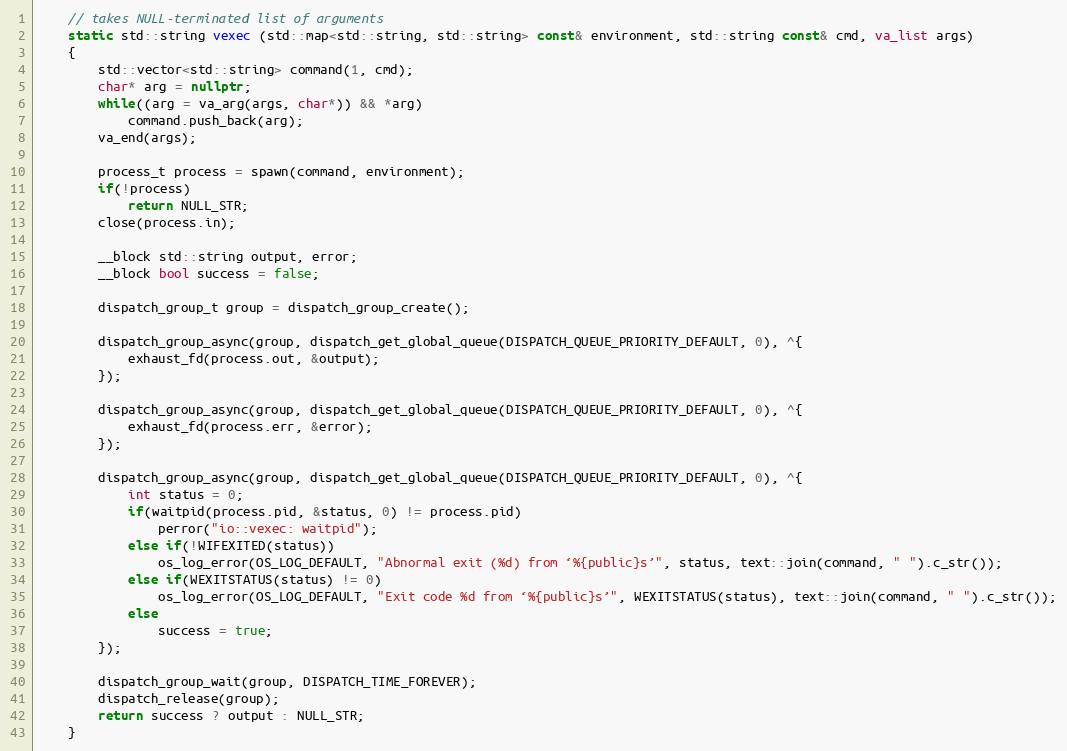
Language: C++
	// takes NULL-terminated list of arguments
	static std::string vexec (std::map<std::string, std::string> const& environment, std::string const& cmd, va_list args)
	{
		std::vector<std::string> command(1, cmd);
		char* arg = nullptr;
		while((arg = va_arg(args, char*)) && *arg)
			command.push_back(arg);
		va_end(args);

		process_t process = spawn(command, environment);
		if(!process)
			return NULL_STR;
		close(process.in);

		__block std::string output, error;
		__block bool success = false;

		dispatch_group_t group = dispatch_group_create();

		dispatch_group_async(group, dispatch_get_global_queue(DISPATCH_QUEUE_PRIORITY_DEFAULT, 0), ^{
			exhaust_fd(process.out, &output);
		});

		dispatch_group_async(group, dispatch_get_global_queue(DISPATCH_QUEUE_PRIORITY_DEFAULT, 0), ^{
			exhaust_fd(process.err, &error);
		});

		dispatch_group_async(group, dispatch_get_global_queue(DISPATCH_QUEUE_PRIORITY_DEFAULT, 0), ^{
			int status = 0;
			if(waitpid(process.pid, &status, 0) != process.pid)
				perror("io::vexec: waitpid");
			else if(!WIFEXITED(status))
				os_log_error(OS_LOG_DEFAULT, "Abnormal exit (%d) from ‘%{public}s’", status, text::join(command, " ").c_str());
			else if(WEXITSTATUS(status) != 0)
				os_log_error(OS_LOG_DEFAULT, "Exit code %d from ‘%{public}s’", WEXITSTATUS(status), text::join(command, " ").c_str());
			else
				success = true;
		});

		dispatch_group_wait(group, DISPATCH_TIME_FOREVER);
		dispatch_release(group);
		return success ? output : NULL_STR;
	}